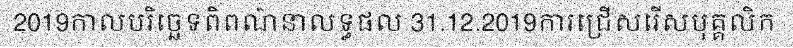
2019កាលបរិច្ឆេទពិពណ៌នាលទ្ធផល 31.12.2019ការជ្រើសរើសបុគ្គលិក